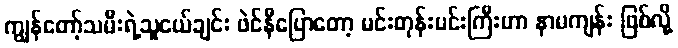
ကျွန်တော့်သမီးရဲ့သူငယ်ချင်း ဖဲင်နီပြောတော့ မင်းတုန်းမင်းကြီးဟာ နာမကျန်း ဖြစ်လို့